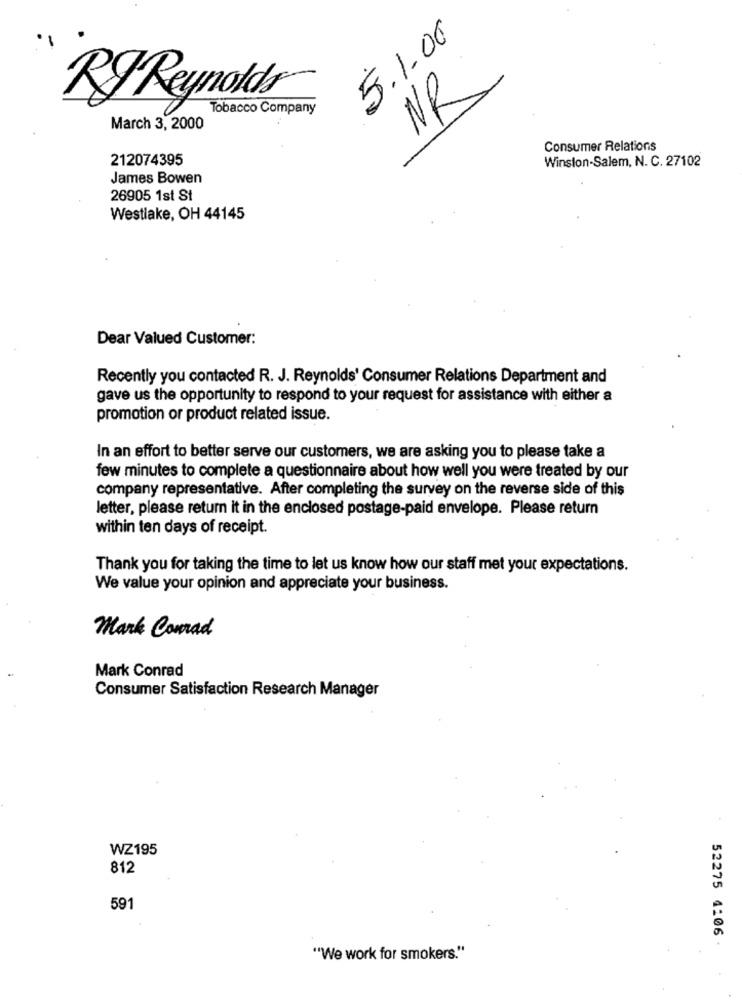
5.1.06
NR
Tobacco Company
RJ Reynolds
March 3, 2000
Consumer Relations
212074395
Winston-Salem, N. C. 27102
James Bowen
26905 1st St
Westlake, OH 44145
Dear Valued Customer:
Recently you contacted R. J. Reynolds' Consumer Relations Department and
gave us the opportunity to respond to your request for assistance with either a
promotion or product related issue.
In an effort to better serve our customers, we are asking you to please take a
few minutes to complete a questionnaire about how well you were treated by our
company representative. After completing the survey on the reverse side of this
letter, please return it in the enclosed postage-paid envelope. Please return
within ten days of receipt.
Thank you for taking the time to let us know how our staff met your expectations.
We value your opinion and appreciate your business.
Mark Conrad
Mark Conrad
Consumer Satisfaction Research Manager
WZ195
812
591
52275 4:06
"We work for smokers."